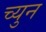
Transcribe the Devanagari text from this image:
च्युन